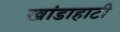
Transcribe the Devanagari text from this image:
खांडाहाटी